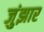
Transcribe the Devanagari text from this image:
जुंझार